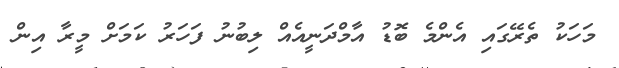
މަހަކު ތެރޭގައި އެންމެ ބޮޑު އާމްދަނީއެއް ލިބުނު ފަހަރު ކަމަށް މީރާ އިން